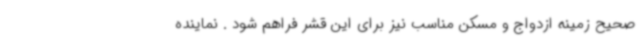
صحیح زمینه ازدواج و مسکن مناسب نیز برای این قشر فراهم شود . نماینده